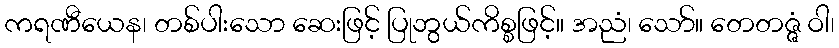
ကရဏီယေန၊ တစ်ပါးသော ဆေးဖြင့် ပြုဘွယ်ကိစ္စဖြင့်။ အညံ၊ သော်။ တေတဇ္ဇံ ဝါ၊